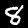
Digit: 8